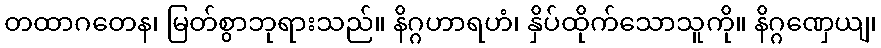
တထာဂတေန၊ မြတ်စွာဘုရားသည်။ နိဂ္ဂဟာရဟံ၊ နှိပ်ထိုက်သောသူကို။ နိဂ္ဂဏှေယျ၊